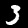
Digit: 3